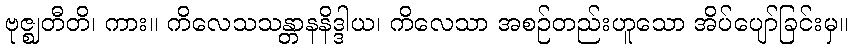
ဗုဇ္ဈတီတိ၊ ကား။ ကိလေသသန္တာနနိဒ္ဒါယ၊ ကိလေသာ အစဉ်တည်းဟူသော အိပ်ပျော်ခြင်းမှ။